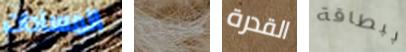
المساحات غربية القدرة ببطاقة